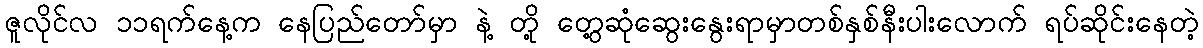
ဇူလိုင်လ ၁၁ရက်နေ့က နေပြည်တော်မှာ နဲ့ တို့ တွေ့ဆုံဆွေးနွေးရာမှာတစ်နှစ်နီးပါးလောက် ရပ်ဆိုင်းနေတဲ့